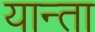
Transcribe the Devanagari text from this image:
यान्ता